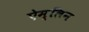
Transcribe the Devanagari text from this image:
ऐम्लिन